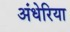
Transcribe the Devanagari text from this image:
अंधेरिया